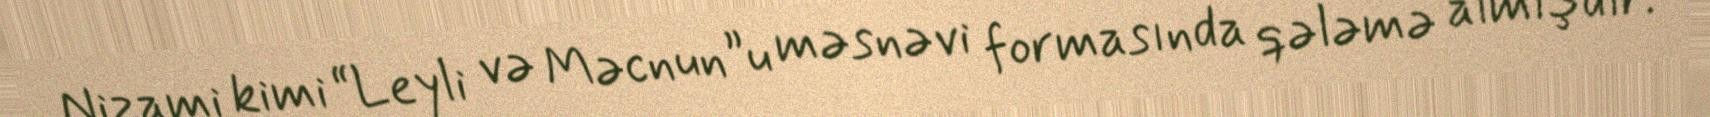
Nizami kimi “Leyli və Məcnun”u məsnəvi formasında qələmə almışdır.